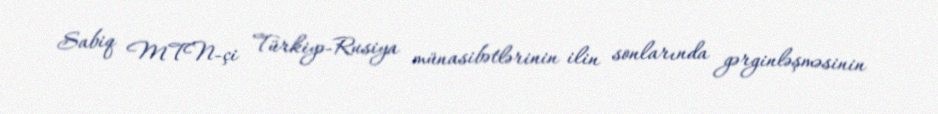
Sabiq MTN-çi Türkiyə-Rusiya münasibətlərinin ilin sonlarında gərginləşməsinin